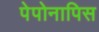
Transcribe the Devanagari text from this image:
पेपोनापिस